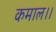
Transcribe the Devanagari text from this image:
कमाल।।